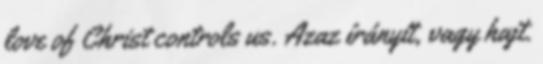
love of Christ controls us. Azaz írányít, vagy hajt.